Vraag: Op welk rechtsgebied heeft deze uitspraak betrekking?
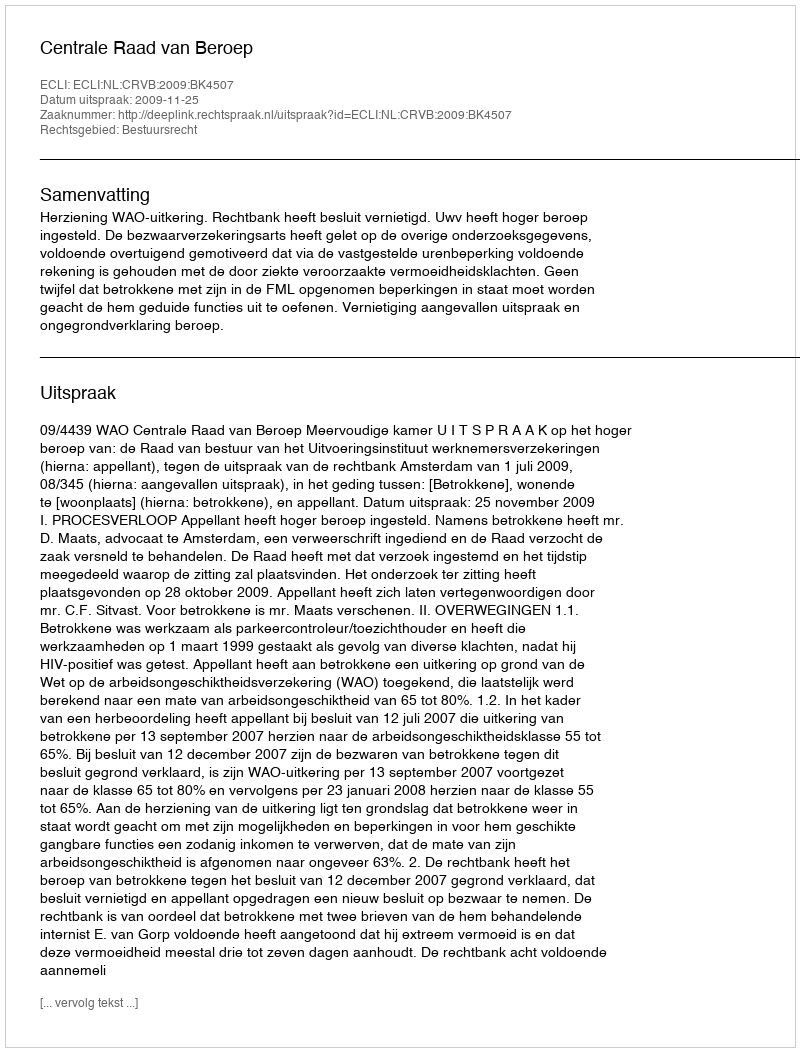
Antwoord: Bestuursrecht